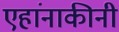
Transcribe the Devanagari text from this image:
एहांनाकीनी